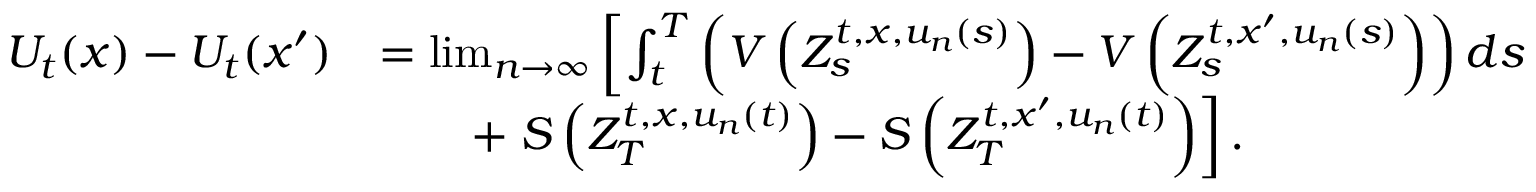
\begin{array} { r l } { U _ { t } ( x ) - U _ { t } ( x ^ { \prime } ) } & { = \operatorname* { l i m } _ { n \to \infty } \left[ \int _ { t } ^ { T } \left( V \left( Z _ { s } ^ { t , x , u _ { n } ( s ) } \right) - V \left( Z _ { s } ^ { t , x ^ { \prime } , u _ { n } ( s ) } \right) \right) d s \right. } \\ & { \qquad + \left. S \left( Z _ { T } ^ { t , x , u _ { n } ( t ) } \right) - S \left( Z _ { T } ^ { t , x ^ { \prime } , u _ { n } ( t ) } \right) \right] . } \end{array}